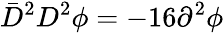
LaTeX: \bar{D}^{2}D^{2}\phi=-16\partial^{2}\phi